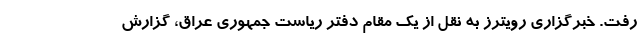
رفت. خبرگزاری رویترز به نقل از یک مقام دفتر ریاست جمهوری عراق، گزارش